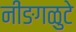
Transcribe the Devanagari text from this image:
नींङगळुटे